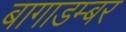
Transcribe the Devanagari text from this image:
बागाडम्बर